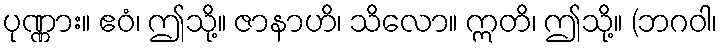
ပုဏ္ဏား။ ဧဝံ၊ ဤသို့။ ဇာနာဟိ၊ သိလော။ ဣတိ၊ ဤသို့။ (ဘဂဝါ၊